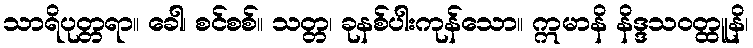
သာရိပုတ္တရာ။ ခေါ၊ စင်စစ်။ သတ္တ၊ ခုနစ်ပါးကုန်သော။ ဣမာနိ နိဒ္ဒသဝတ္ထူနိ၊